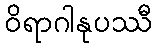
ဝိရာဂါနုပဿီ